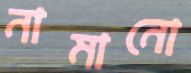
নামানো